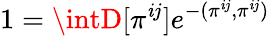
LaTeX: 1=\intD[\pi^{\mathit{i}j}]e^{-(\pi^{\mathit{i}j},\pi^{\mathit{i}j})}